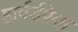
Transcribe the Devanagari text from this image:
हार्वर्डपेक्षा